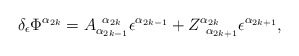
\begin{align*}\delta _\epsilon \Phi ^{\alpha _{2k}}=A_{\alpha_{2k-1}}^{\;\;\alpha _{2k}}\epsilon ^{\alpha _{2k-1}}+Z_{\;\;\alpha_{2k+1}}^{\alpha _{2k}}\epsilon ^{\alpha _{2k+1}},\end{align*}